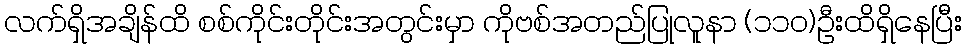
လက်ရှိအချိန်ထိ စစ်ကိုင်းတိုင်းအတွင်းမှာ ကိုဗစ်အတည်ပြုလူနာ (၁၁၀)ဦးထိရှိနေပြီး